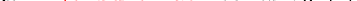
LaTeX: \smash{\mu\equiv\ensuremath{\mathrm{\ textsl{v}}_{0}}^{2}/\gamma}